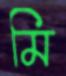
মি